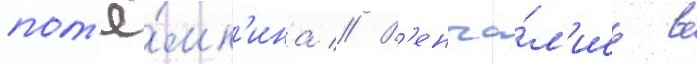
пот'ё́мк'ина // В'енча́л'ись в